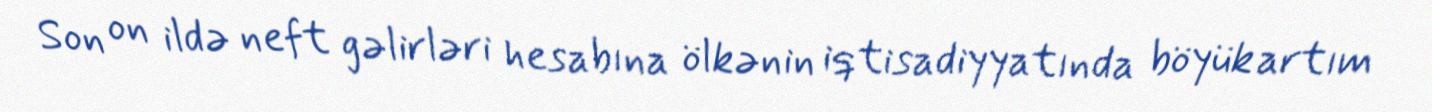
Son on ildə neft gəlirləri hesabına ölkənin iqtisadiyyatında böyük artım